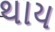
થાય